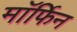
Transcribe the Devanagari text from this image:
माॅर्फिन